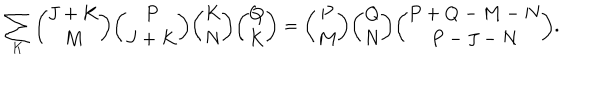
LaTeX: \sum _ { K } { \binom { J + K } { M } } { \binom { P } { J + K } } { \binom { K } { N } } { \binom { Q } { K } } = { \binom { P } { M } } { \binom { Q } { N } } { \binom { P + Q - M - N } { P - J - N } } .